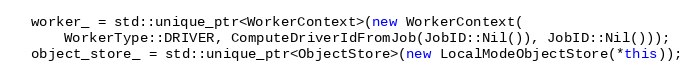
Language: C++
  worker_ = std::unique_ptr<WorkerContext>(new WorkerContext(
      WorkerType::DRIVER, ComputeDriverIdFromJob(JobID::Nil()), JobID::Nil()));
  object_store_ = std::unique_ptr<ObjectStore>(new LocalModeObjectStore(*this));